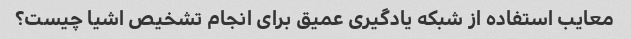
معایب استفاده از شبکه یادگیری عمیق برای انجام تشخیص اشیا چیست؟